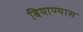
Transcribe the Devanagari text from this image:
बियाण्यास